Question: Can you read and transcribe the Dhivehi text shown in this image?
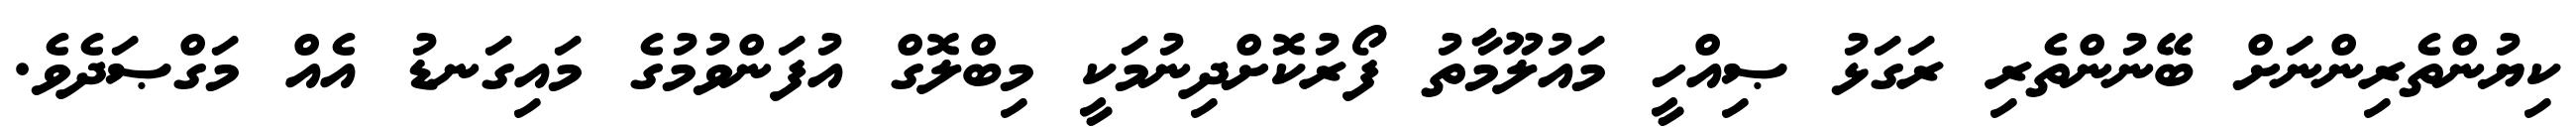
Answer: ކިޔުންތެރިންނަށް ބޭނުންތެރި ރަގަޅު ޞިއްހީ މައުލޫމާތު ފޯރުކޮށްދިނުމަކީ މިބްލޮގް އުފަންވުމުގެ މައިގަނޑު އެއް މަގްޞަދެވެ.